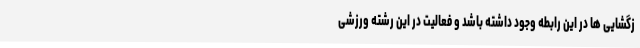
زگشایی ها در این رابطه وجود داشته باشد و فعالیت در این رشته ورزشی